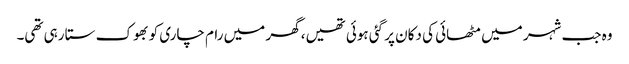
وہ جب شہر میں مٹھائی کی دکان پر گئی ہوئی تھیں، گھر میں رام چاری کو بھوک ستا رہی تھی۔